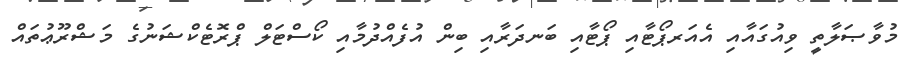
މުވާޞަލާތީ ވިއުގައާއި އެއަރޕޯޓާއި ޕޯޓާއި ބަނދަރާއި ބިން އުފެއްދުމާއި ކޯސްޓަލް ޕްރޮޓެކްޝަނުގެ މަޝްރޫޢުތައް